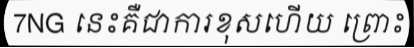
7NG នេះគឺជាការខុសហើយ ព្រោះ